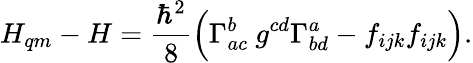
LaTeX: H_{qm}-H={\frac{\hbar^{2}}{8}}\Bigl(\Gamma_{ac}^{b}~g^{cd}\Gamma_{bd}^{a}-f_{ijk}f_{ijk}\Bigr).